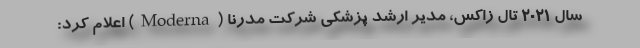
سال ۲۰۲۱ تال زاکس، مدیر ارشد پزشکی شرکت مدرنا (Moderna) اعلام کرد: